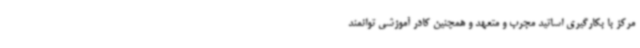
مرکز با بکارگیری اساتید مجرب و متعهد و همچنین کادر آموزشی توانمند